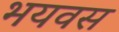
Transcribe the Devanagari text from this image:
भयवस